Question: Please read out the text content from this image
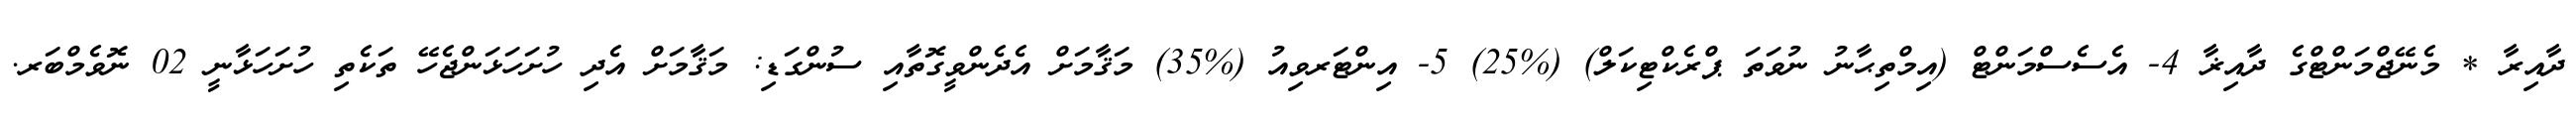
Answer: ދާއިރާ * މެނޭޖްމަންޓްގެ ދާއިޜާ 4- އެސެސްމަންޓް (އިމްތިޙާނު ނުވަތަ ޕްރެކްޓިކަލް) (%25) 5- އިންޓަރވިއު (%35) މަޤާމަށް އެދެންވީގޮތާއި ސުންގަޑި: މަޤާމަށް އެދި ހުށަހަޅަންޖެހޭ ތަކެތި ހުށަހަޅާނީ 02 ނޮވެމްބަރ.